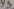
Text: Y5